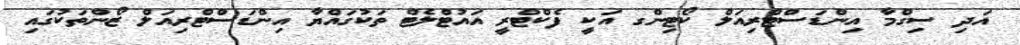
އަދި ސިގްމާ އިންޑަސްޓްރިއަލް ކޯޓިންގ އަކީ ފެކްޓްރީ އައުޓްލެޓް ތަކުގައްޔާ އިންޑަސްޓްރިއަލް ޒޯންތަކުގައި